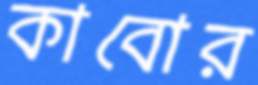
কাবোর